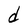
Character: d